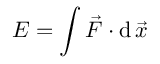
E = \int { \vec { F } } \cdot \mathrm { d \, } { \vec { x } }